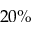
2 0 \%